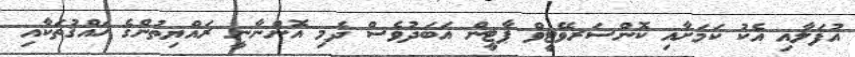
އުފަލާއި އެކު ކަމަށާއި ކޮންސަރވޭޓީވް ޕާޓީން އަބަދުވެސް ދެމި އޮންނާނީ ރައްޔިތުންގެ ހައްޤުތަކާއި